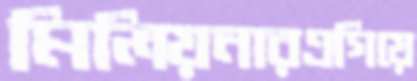
মিলিয়নারএগিয়ে